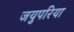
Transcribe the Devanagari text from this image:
जयुपरिया